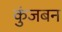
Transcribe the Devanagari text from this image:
कुंजबन